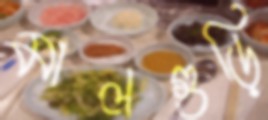
মালগুড়ি